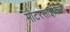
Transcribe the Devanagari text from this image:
मोटरसाइकिलो